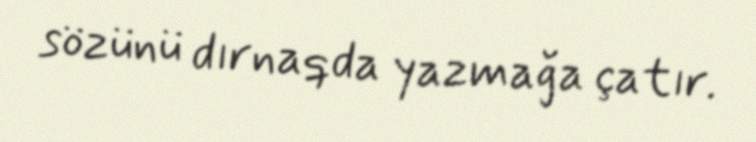
sözünü dırnaqda yazmağa çatır.